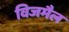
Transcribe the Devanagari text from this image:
विजमैल